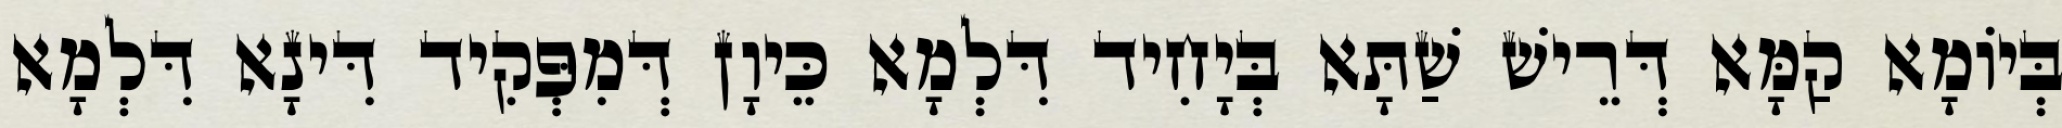
בְּיוֹמָא קַמָּא דְּרֵישׁ שַׁתָּא בְּיָחִיד דִּלְמָא כֵּיוָן דְּמִפְּקִיד דִּינָא דִּלְמָא